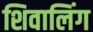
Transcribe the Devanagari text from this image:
शिवालिंग